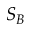
S _ { B }